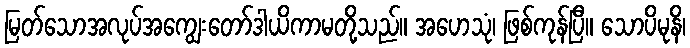
မြတ်သောအလုပ်အကျွေးတော်ဒါယိကာမတို့သည်။ အဟေသုံ၊ ဖြစ်ကုန်ပြီ။ သောပိမုနိ၊